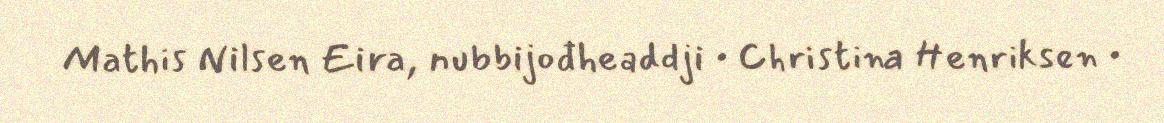
Mathis Nilsen Eira, nubbijođheaddji • Christina Henriksen •